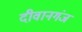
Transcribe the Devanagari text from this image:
दीवानगंज